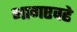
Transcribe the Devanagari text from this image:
भागएवढे